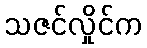
သဇင်လှိုင်က